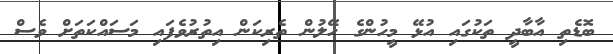
ބޮޑެތި އާބާދީ ތަކުގައި އުޅޭ މީހުންގެ ހޭލުން ތެރިކަން އިިތުރުވެފައި މަސައްކަތަށް ވެސް